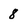
Character: 8